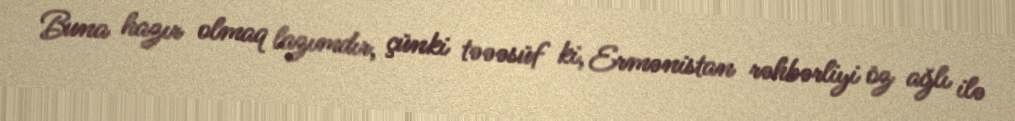
Buna hazır olmaq lazımdır, çünki təəəsüf ki, Ermənistan rəhbərliyi öz ağlı ilə